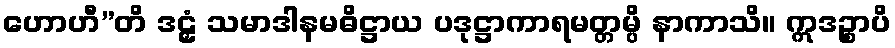
ဟောဟီ”တိ ဒဠှံ သမာဒါနမဓိဋ္ဌာယ ပဒုဋ္ဌာကာရမတ္တမ္ပိ နာကာသိ။ ဣဒဉ္စာပိ